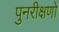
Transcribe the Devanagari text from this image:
पुनरीक्षणों